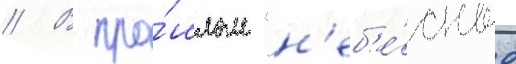
// В про́шлом "н'еб'е́сные